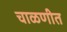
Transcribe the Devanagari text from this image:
चाळणीत